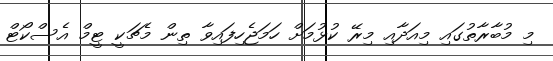
މި މުބާރާތުގައި މިއަދާއި މިރޭ ކުޅުމަށް ހަމަޖެހިފައިވާ ތިން މެޗަކީ ޓީމް އެސްކޯޓް